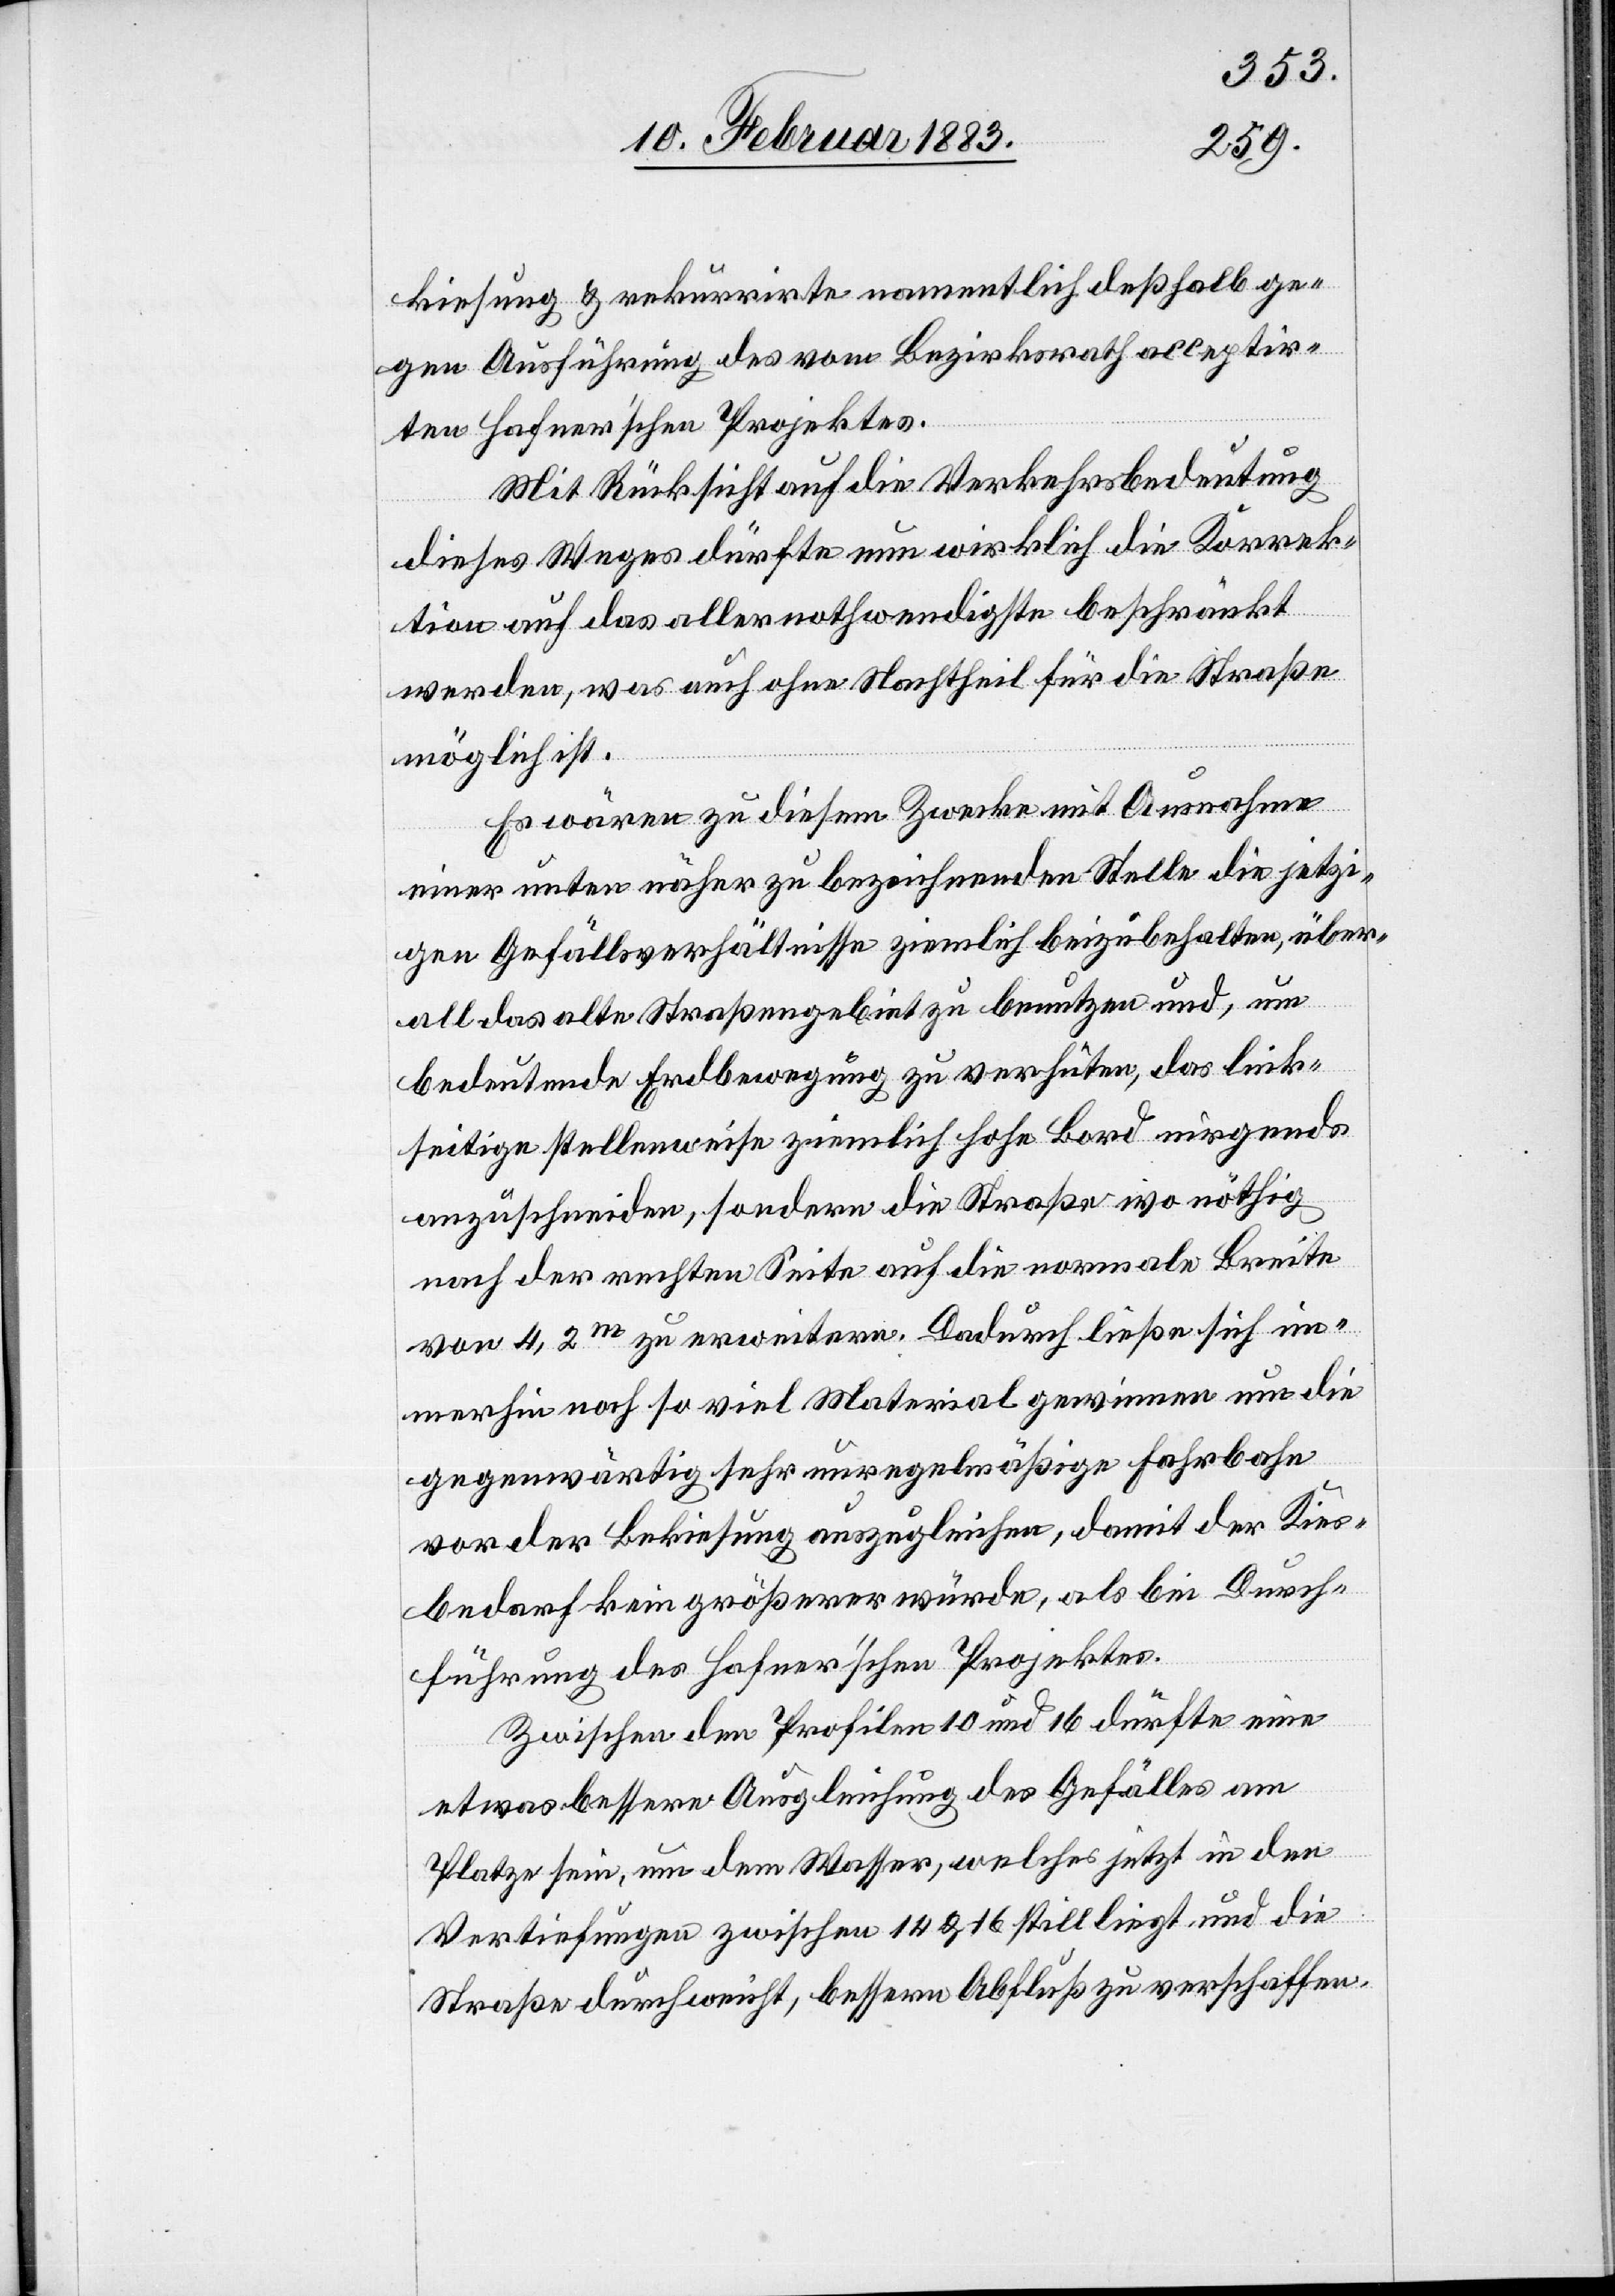
kiesung & rekurrirte namentlich deßhalb ge¬
gen Ausführung des vom Bezirksrath acceptir¬
ten Hafnerʼschen Projektes.
Mit Rücksicht auf die Verkehrsbedeutung
dieses Weges dürfte nun wirklich die Korrek¬
tion auf das aller nothwendigste beschränkt
werden, was auch ohne Nachtheil für die Straße
möglich ist.
Es wären zu diesem Zwecke mit Ausnahme
einer unten näher bezeichneten Stelle die jetzi¬
gen Gefällsverhältnisse ziemlich beizubehalten, über¬
all das alte Straßengebiet zu benutzen und, um
bedeutende Erdbewegung zu verhüten, das link¬
seitige stellenweise ziemlich hohe Bord nirgends
anzuschneiden, sondern die Straße wo nöthig
nach der rechten Seite auf die normale Breite
von 4,2m zu erweitern. Dadurch ließe sich im¬
merhin noch so viel Material gewinnen um die
gegenwärtig sehr unregelmäßige Fahrbahn
vor der Bekiesung auszugleichen, damit der Kies¬
bedarf kein größerer würde, als bei Durch¬
führung des Hafnerʼschen Projektes.
Zwischen den Profilen 10 und 16 dürfte eine
etwas bessere Ausgleichung des Gefälles am
Platze sein, um dem Wasser, welches jetzt in den
Vertiefungen zwischen 14 & 16 still liegt und die
Straße durchweicht, bessern Abfluß zu verschaffen.